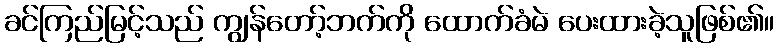
ခင်ကြည်မြင့်သည် ကျွန်တော့်ဘက်ကို ထောက်ခံမဲ ပေးထားခဲ့သူဖြစ်၏။